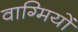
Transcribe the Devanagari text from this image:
वाग्मियों